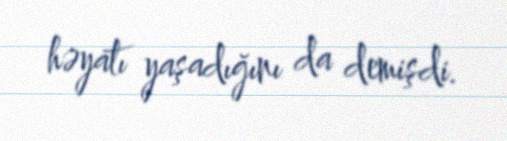
həyatı yaşadığını da demişdi.